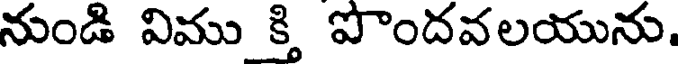
నుండి విము క్తి పొందవలయును.